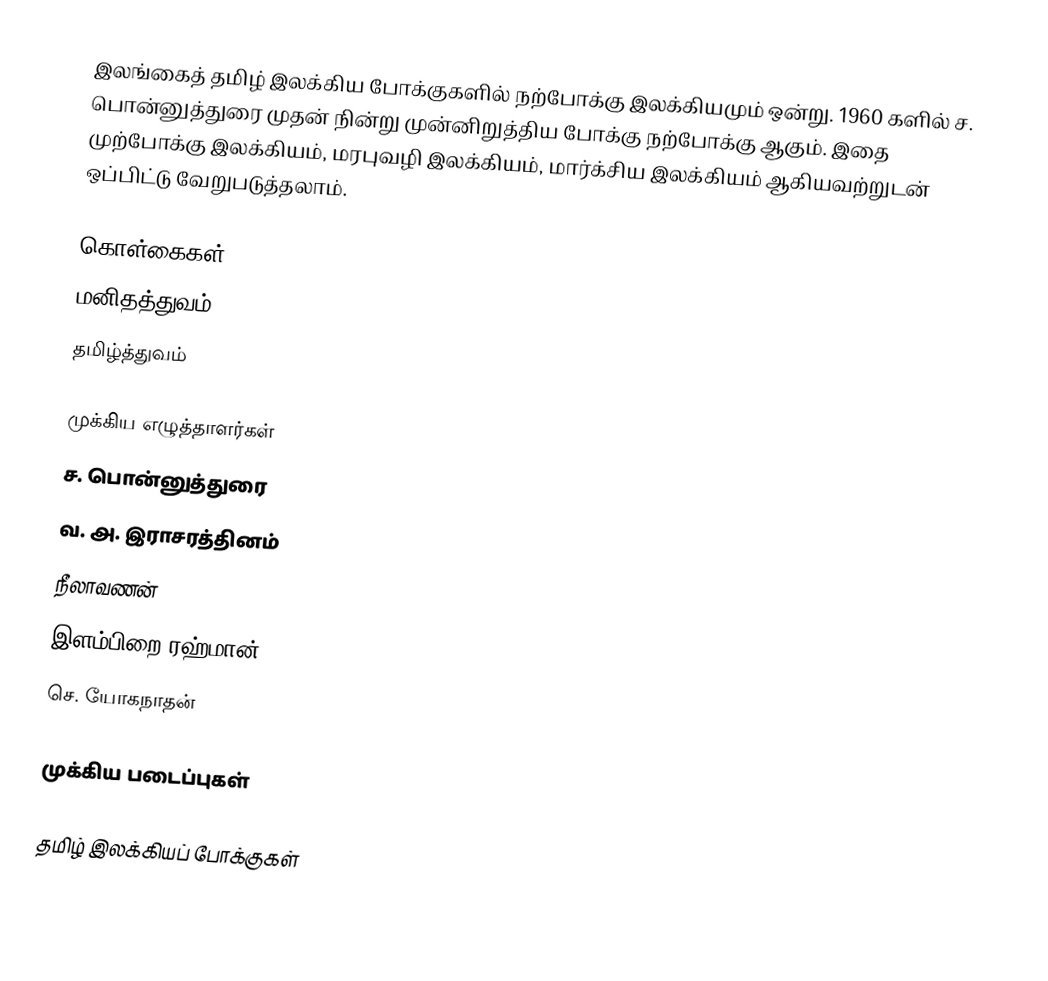
இலங்கைத் தமிழ் இலக்கிய போக்குகளில் நற்போக்கு இலக்கியமும் ஒன்று.  1960 களில் ச. பொன்னுத்துரை முதன் நின்று முன்னிறுத்திய போக்கு நற்போக்கு ஆகும்.  இதை முற்போக்கு இலக்கியம், மரபுவழி இலக்கியம், மார்க்சிய இலக்கியம் ஆகியவற்றுடன் ஒப்பிட்டு வேறுபடுத்தலாம்.

கொள்கைகள்
 மனிதத்துவம்
 தமிழ்த்துவம்

முக்கிய எழுத்தாளர்கள்
 ச. பொன்னுத்துரை
 வ. அ. இராசரத்தினம்
 நீலாவணன்
 இளம்பிறை ரஹ்மான்
 செ. யோகநாதன்

முக்கிய படைப்புகள்

தமிழ் இலக்கியப் போக்குகள்